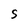
Character: S